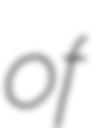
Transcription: of